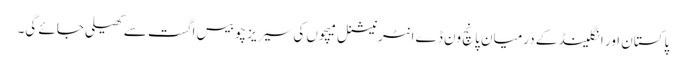
پاکستان اور انگلینڈ کے درمیان پانچ ون ڈے انٹرنیشنل میچوں کی سیریز چوبیس اگست سے کھیلی جائے گی۔